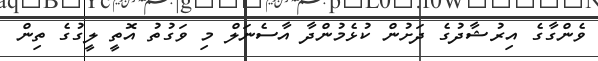
ވެންގާގެ އިރުޝާދުގެ ދަށުން ކުޅެމުންދާ އާސެނަލް މި ވަގުތު އޮތީ ލީގުގެ ތިން